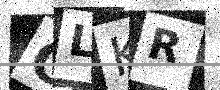
Text: CLKR